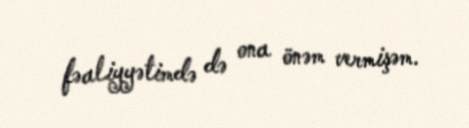
fəaliyyətimdə də ona önəm vermişəm.